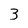
Character: 3